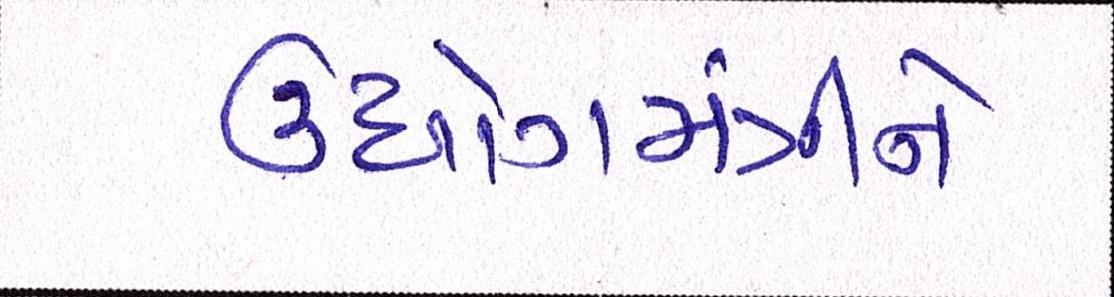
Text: ઉધોગમંત્રીને